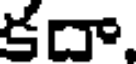
కదా,